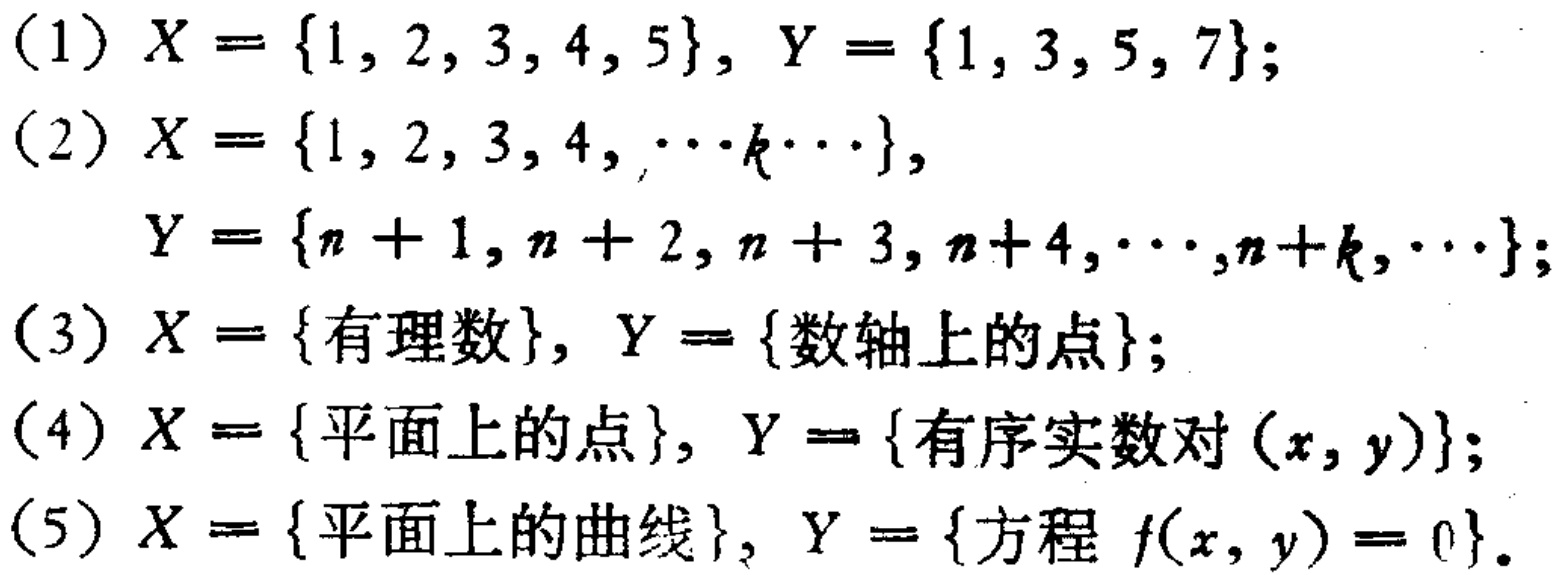
(1) \(X = \{1, 2, 3, 4, 5\}, Y = \{1, 3, 5, 7\}\);

(2) \(X = \{1, 2, 3, 4, \cdots k\cdots\},\)

\(Y = \{n + 1, n + 2, n + 3, n + 4,\cdots, n + k,\cdots\}\);

(3) \(X = \{\text{有理数}\}, Y = \{\text{数轴上的点}\}\);

(4) \(X = \{\text{平面上的点}\}, Y = \{\text{有序实数对 }(x, y)\}\);

(5) \(X = \{\text{平面上的曲线}\}, Y = \{\text{方程 }f(x, y)=0\}\).